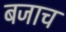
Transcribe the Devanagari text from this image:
बजाच